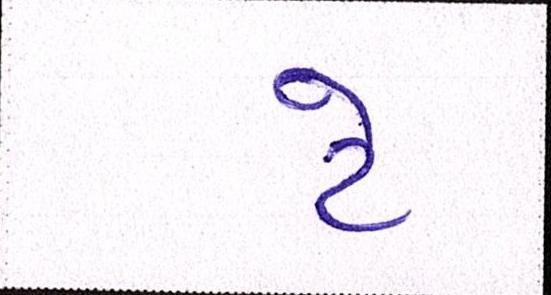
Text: ટે